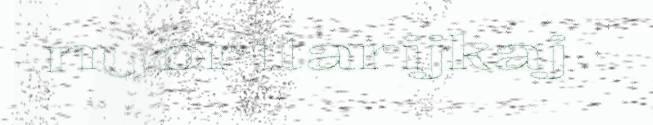
nuorttarijkaj